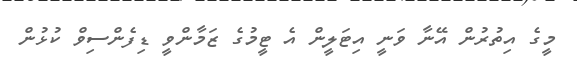
މީގެ އިތުރުން އޭނާ ވަނީ އިޓަލީން އެ ޓީމުގެ ޒަމާންވީ ޑިފެންސިވް ކުޅުން